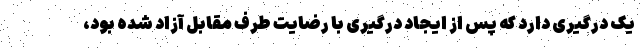
یک درگیری دارد که پس از ایجاد درگیری با رضایت طرف مقابل آزاد شده بود،